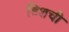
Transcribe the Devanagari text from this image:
डिशची